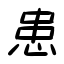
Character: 患